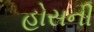
હોસની